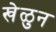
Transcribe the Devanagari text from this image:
खेळुन